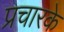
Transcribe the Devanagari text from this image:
प्रचारके